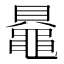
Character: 𬹠